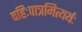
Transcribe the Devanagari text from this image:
वहिःपात्रमित्यर्थः